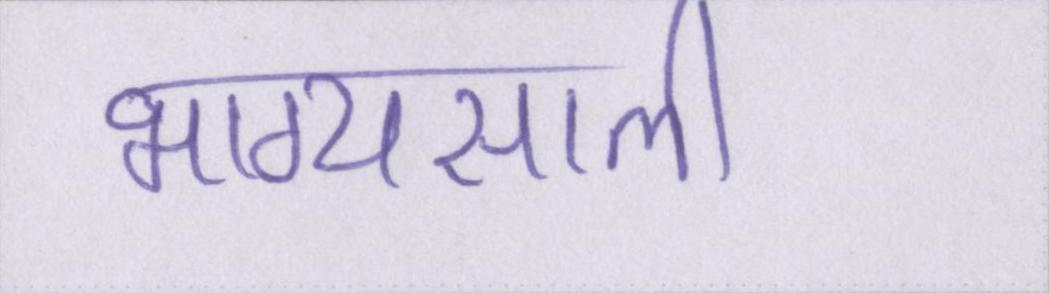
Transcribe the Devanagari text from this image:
भाग्यसाली